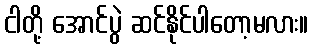
ငါတို့ အောင်ပွဲ ဆင်နိုင်ပါတော့မလား။